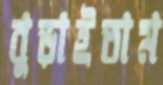
বুড়াইতাম